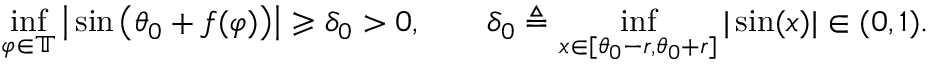
\operatorname* { i n f } _ { \varphi \in \mathbb { T } } \big | \sin \big ( \theta _ { 0 } + f ( \varphi ) \big ) \big | \geqslant \delta _ { 0 } > 0 , \qquad \delta _ { 0 } \triangleq \operatorname* { i n f } _ { x \in [ \theta _ { 0 } - r , \theta _ { 0 } + r ] } | \sin ( x ) | \in ( 0 , 1 ) .